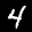
Label: 4